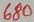
Text: 680